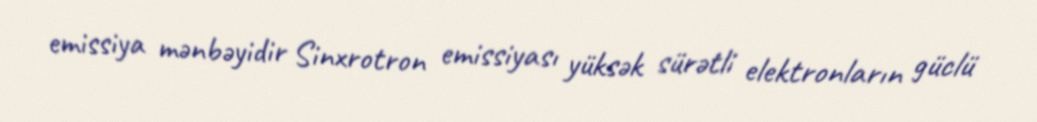
emissiya mənbəyidir Sinxrotron emissiyası yüksək sürətli elektronların güclü